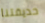
حديقتنا